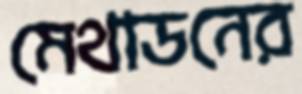
মেথাডনের